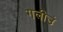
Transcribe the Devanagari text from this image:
गलीउं